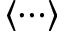
\left\langle \cdots \right\rangle